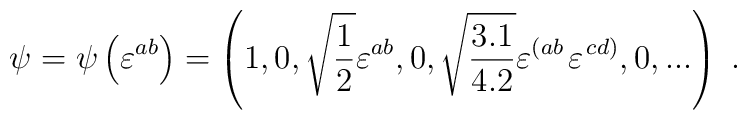
\psi=\psi\left(\varepsilon^{ab}\right)=\left(1,0,\sqrt{{1\over2}}\varepsilon^{ab},0,\sqrt{{3.1\over4.2}}\varepsilon^{\left(ab\right.}  \varepsilon^{\left.cd\right)},0,...\right)\;.